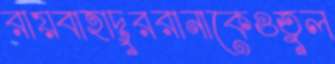
রায়বাহাদুররানাকেওতুল